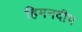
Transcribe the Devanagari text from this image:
हिमनदीप